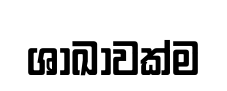
ශාඛාවක්ම